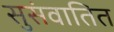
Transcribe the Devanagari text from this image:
सुसंवातित